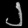
Digit: ၂